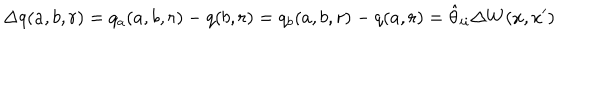
\Delta q ( a , b , r ) = q _ { a } ( a , b , r ) - q ( b , r ) = q _ { b } ( a , b , r ) - q ( a , r ) = \hat { \theta } _ { i i } \Delta W ( x , x ^ { \prime } )